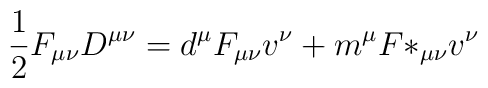
{1\over 2} F_{\mu\nu}D^{\mu\nu}=d^\mu F_{\mu\nu} v^\nu +m^\mu {F*}_{\mu\nu}v^\nu